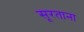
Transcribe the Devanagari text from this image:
सूरताना